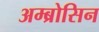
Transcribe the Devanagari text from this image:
अम्ब्रोसिन